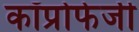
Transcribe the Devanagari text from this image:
कॉप्रोफेजी